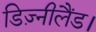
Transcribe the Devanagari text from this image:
डिज़्नीलैंड।